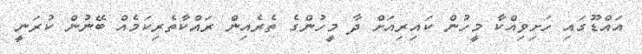
އައްޑޫގައި ހަށިވިއްކާ މީހުން ކައިރިއަށް ދާ މީހުންގެ ތެރެއިން ރައްކާތެރިކަމެއް ބޭނުން ކުރަނީ